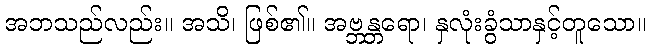
အဘသည်လည်း။ အသိ၊ ဖြစ်၏။ အဗ္ဘန္တရော၊ နှလုံးခွံသာနှင့်တူသော။